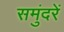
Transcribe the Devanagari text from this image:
समुंदरें